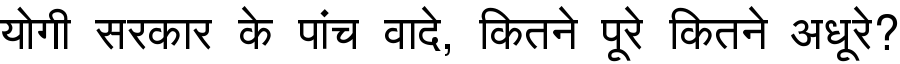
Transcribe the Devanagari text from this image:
योगी सरकार के पांच वादे, कितने पूरे कितने अधूरे?